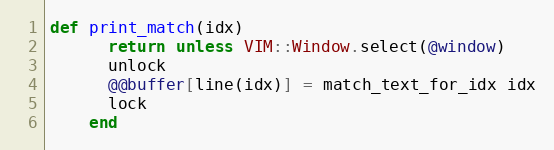
Language: Ruby
def print_match(idx)
      return unless VIM::Window.select(@window)
      unlock
      @@buffer[line(idx)] = match_text_for_idx idx
      lock
    end